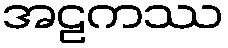
အဠကဿ